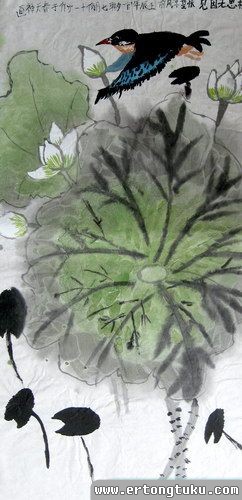
相思无因见，怅望凉风前。